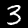
Label: 3